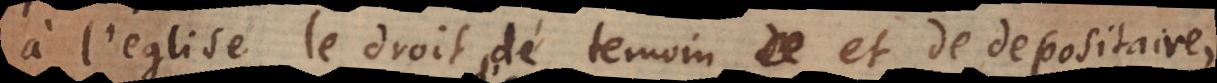
à l’eglise le droit de temoin et de depositaire,